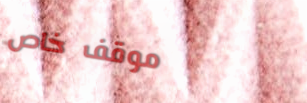
موقف خاص